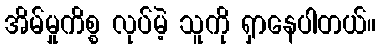
အိမ်မှုကိစ္စ လုပ်မဲ့ သူကို ရှာနေပါတယ်။